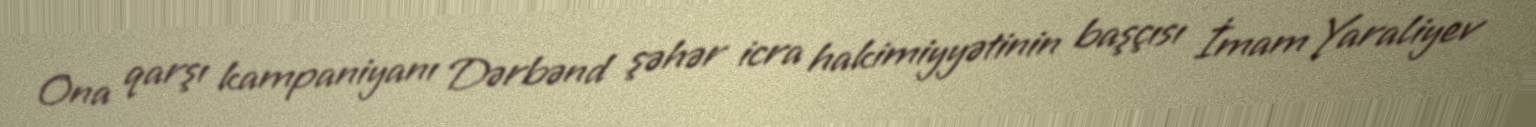
Ona qarşı kampaniyanı Dərbənd şəhər icra hakimiyyətinin başçısı İmam Yaraliyev